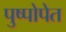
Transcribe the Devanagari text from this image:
पुष्पोपेत